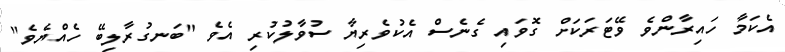
އެކަމާ ހައިރާންވެ ވޭޓަރަކަށް ގޮވައި ގެނެސް އެކުވެރިޔާ ސުވާލުކުރި އެވެ "ބަނގުރާލިބޭ ހެއްޔެވެ"